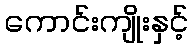
ကောင်းကျိုးနှင့်